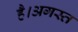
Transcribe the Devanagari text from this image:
है।अगस्त